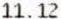
11.12